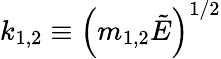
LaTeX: k_{1,2}\equiv{\left(m_{1,2}\tilde{E}\right)}^{1/2}